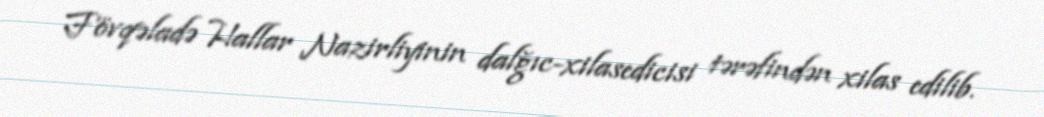
Fövqəladə Hallar Nazirliyinin dalğıc-xilasedicisi tərəfindən xilas edilib.